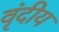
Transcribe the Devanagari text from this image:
वृंदीय